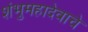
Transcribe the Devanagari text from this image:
शंभुमहादेवाचे